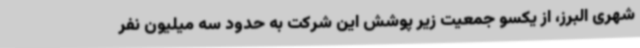
شهری البرز، از یکسو جمعیت زیر پوشش این شرکت به حدود سه میلیون نفر